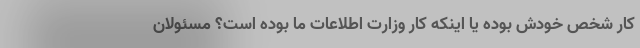
کار شخص خودش بوده یا اینکه کار وزارت اطلاعات ما بوده است؟ مسئولان